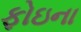
ફોઇના